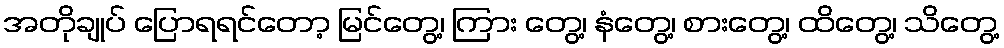
အတိုချုပ် ပြောရရင်တော့ မြင်တွေ့၊ ကြား တွေ့၊ နံတွေ့၊ စားတွေ့၊ ထိတွေ့၊ သိတွေ့